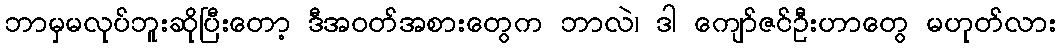
ဘာမှမလုပ်ဘူးဆိုပြီးတော့ ဒီအဝတ်အစားတွေက ဘာလဲ၊ ဒါ ကျော်ဇင်ဦးဟာတွေ မဟုတ်လား